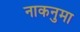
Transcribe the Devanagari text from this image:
नाकनुमा